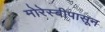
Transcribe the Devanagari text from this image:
मोरेस्बीपासून